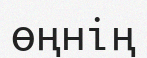
өңнің